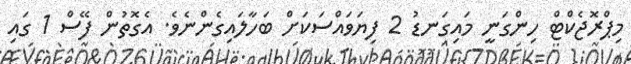
މިޕްރޮޖެކްޓް ހިންގަނީ މައިގަނޑު 2 ފިޔަވައްސަކަށް ބަހާލައިގެންނެވެ. އެގޮތުން ފޭސް 1 ގައި